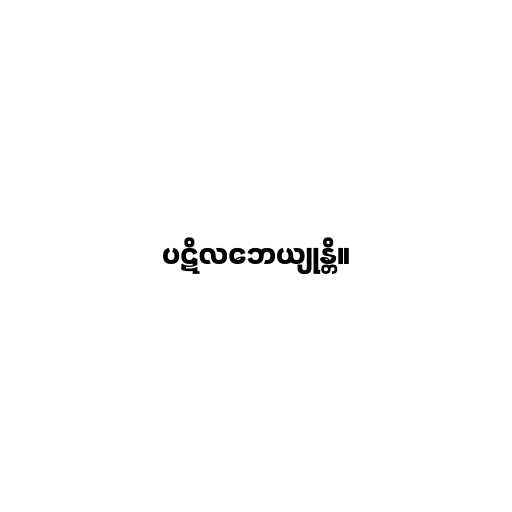
ပဋိလဘေယျုန္တိ။